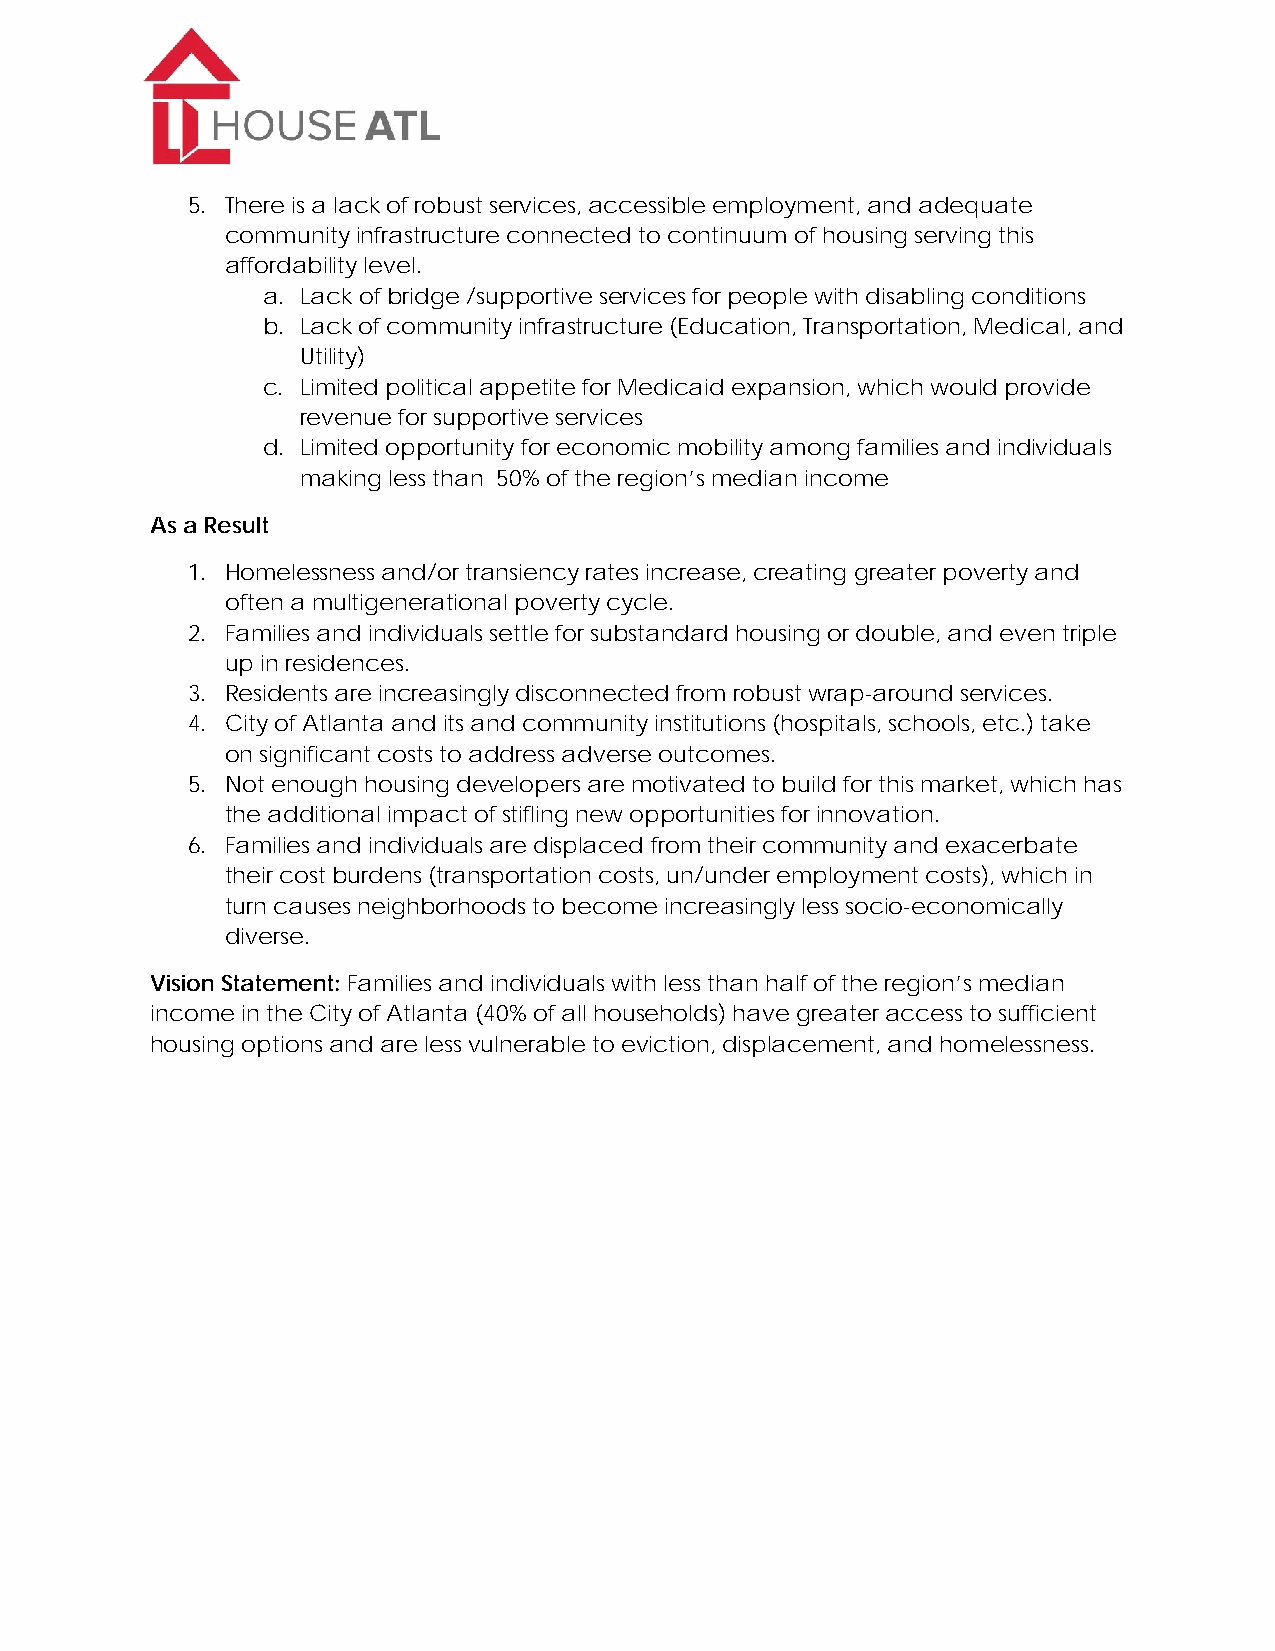
5. There is a lack of robust services, accessible employment, and adequate
 community infrastructure connected to continuum of housing serving this
 affordability level.
 a. Lack of bridge /supportive services for people with disabling conditions
 b. Lack of community infrastructure (Education, Transportation, Medical, and
 Utility)
 c. Limited political appetite for Medicaid expansion, which would provide
 revenue for supportive services
 d. Limited opportunity for economic mobility among families and individuals
 making less than 50% of the region’s median income
 As a Result
 1. Homelessness and/or transiency rates increase, creating greater poverty and
 often a multigenerational poverty cycle.
 2. Families and individuals settle for substandard housing or double, and even triple
 up in residences.
 3. Residents are increasingly disconnected from robust wrap-around services.
 4. City of Atlanta and its and community institutions (hospitals, schools, etc.) take
 on significant costs to address adverse outcomes.
 5. Not enough housing developers are motivated to build for this market, which has
 the additional impact of stifling new opportunities for innovation.
 6. Families and individuals are displaced from their community and exacerbate
 their cost burdens (transportation costs, un/under employment costs), which in
 turn causes neighborhoods to become increasingly less socio-economically
 diverse.
 Vision Statement: Families and individuals with less than half of the region’s median
 income in the City of Atlanta (40% of all households) have greater access to sufficient
 housing options and are less vulnerable to eviction, displacement, and homelessness.
 Page 15